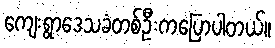
ကျေးရွာဒေသခံတစ်ဦးကပြောပါတယ်။